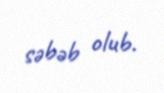
səbəb olub.